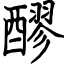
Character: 醪